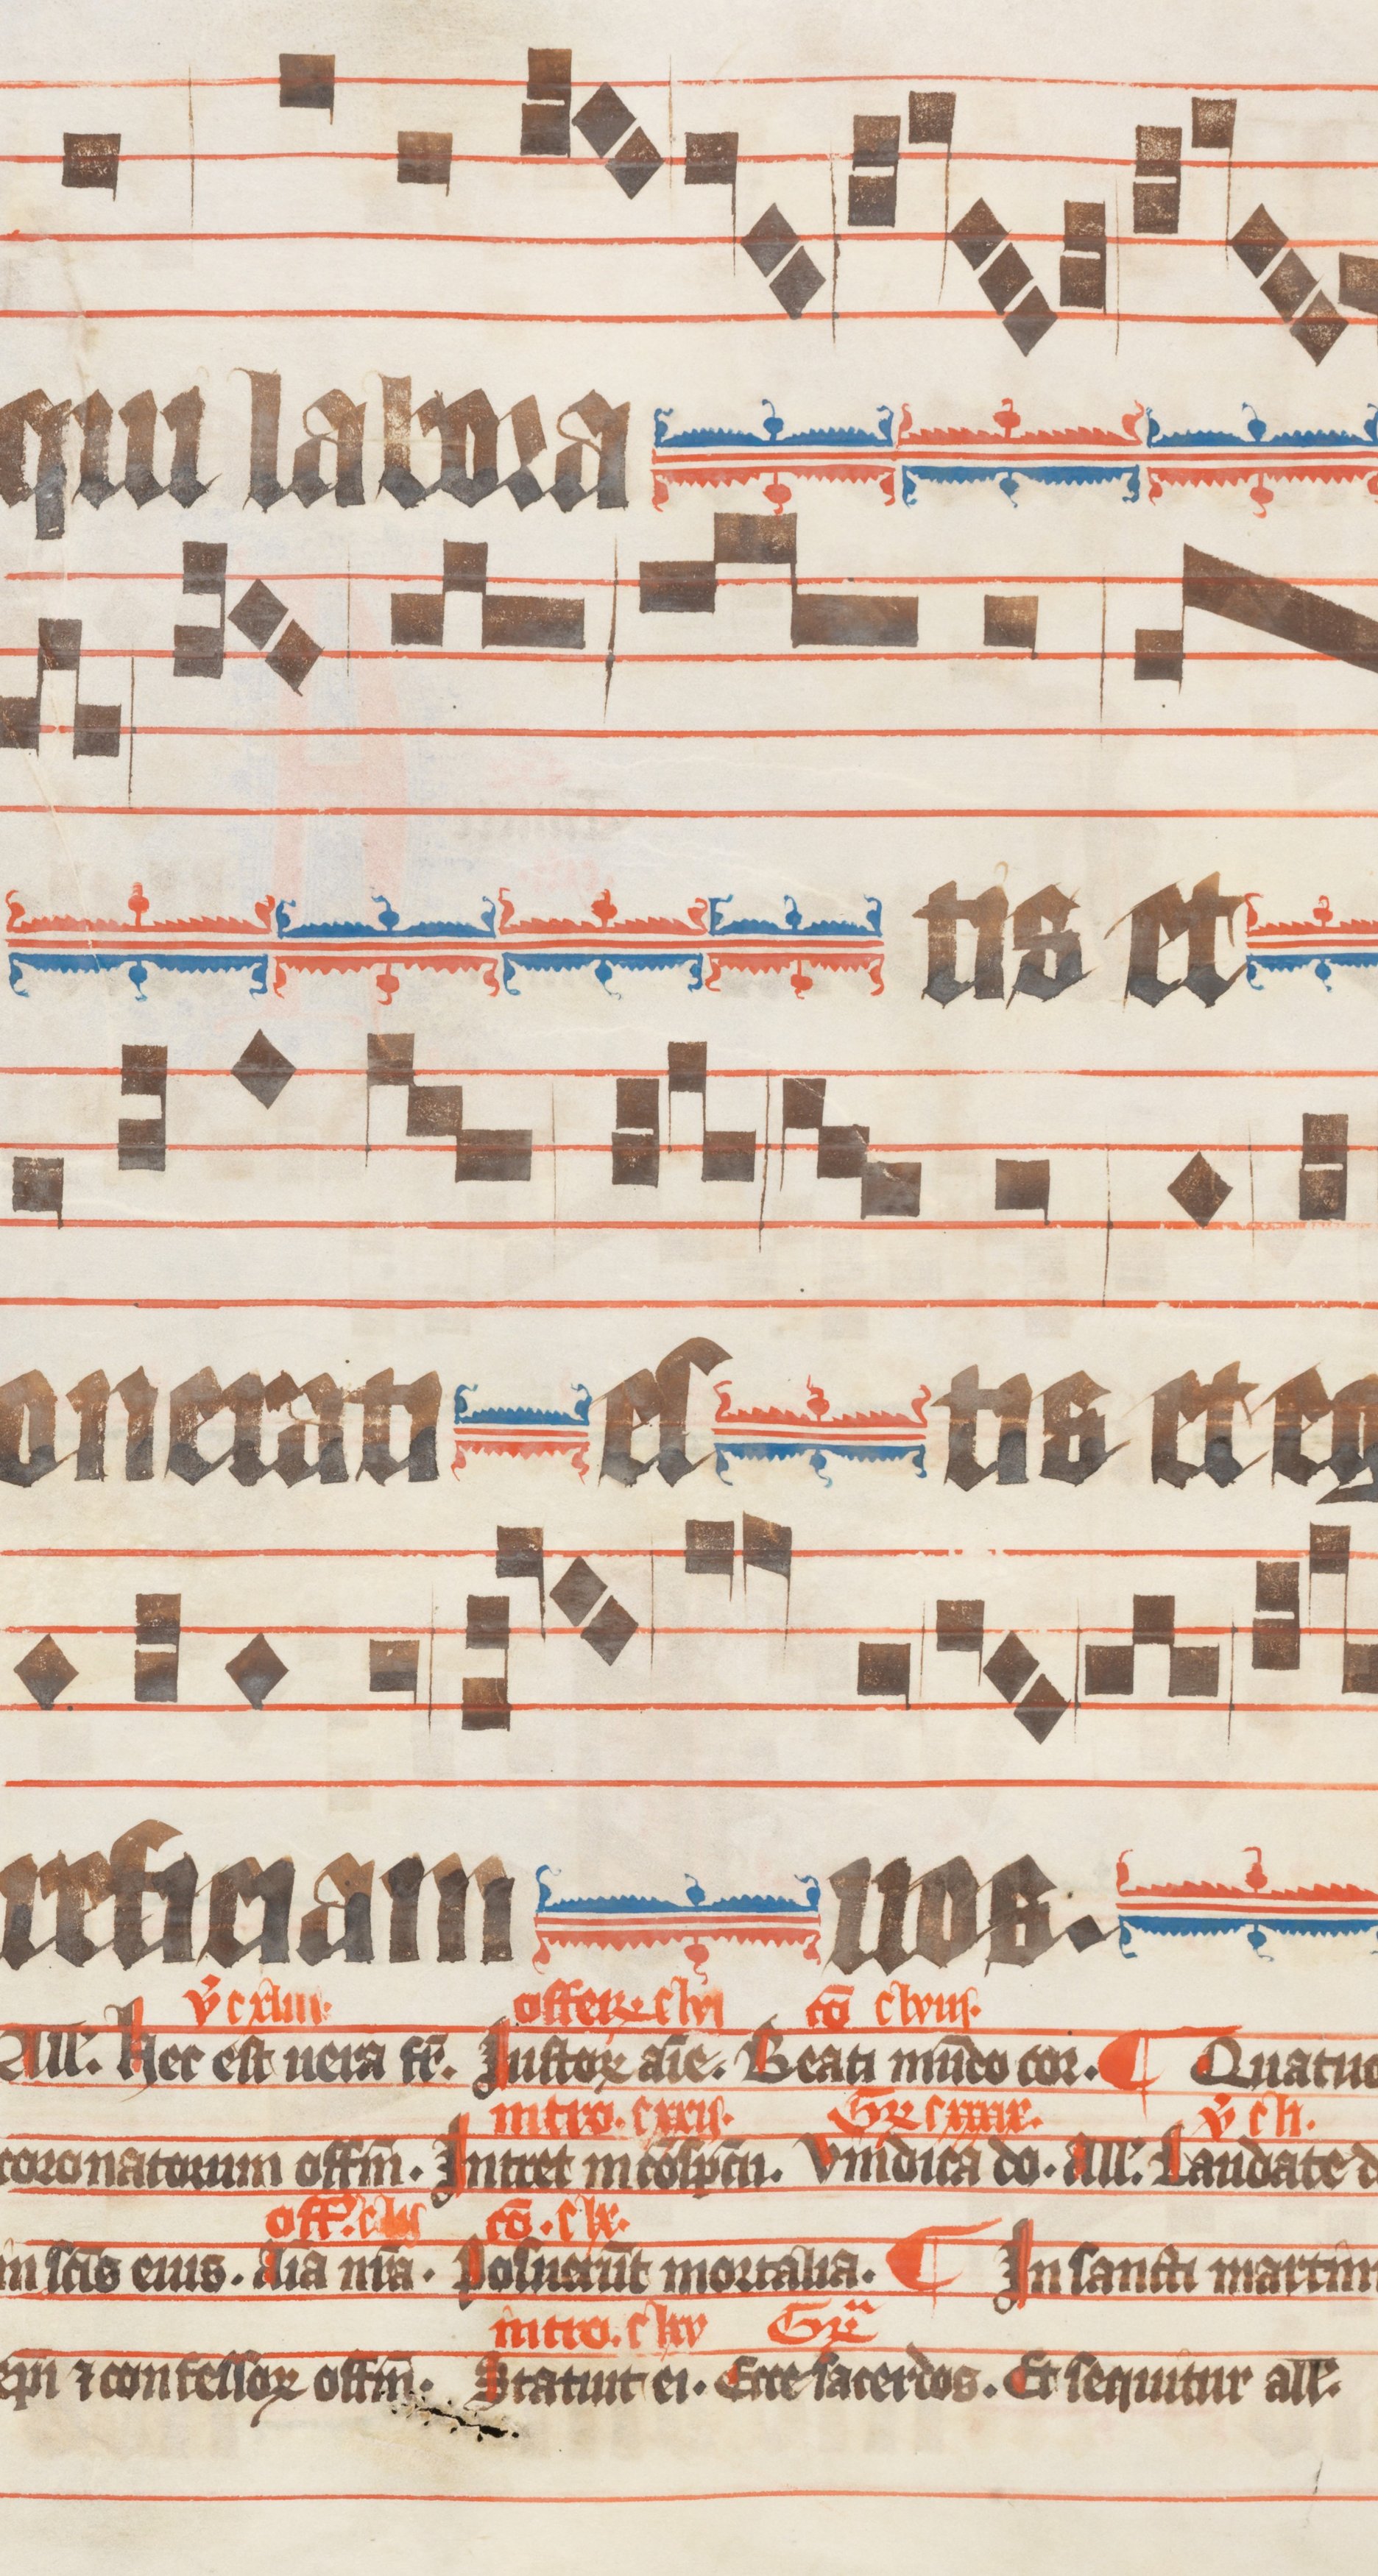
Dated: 1330–1335